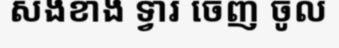
សងខាង ទ្វារ ចេញ ចូល